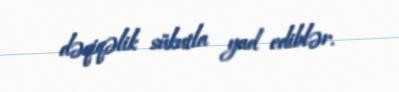
dəqiqəlik sükutla yad ediblər.